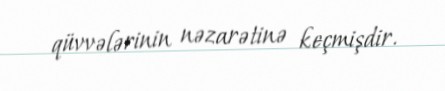
qüvvələrinin nəzarətinə keçmişdir.